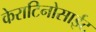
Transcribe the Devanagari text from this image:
केराटिनोसाईट